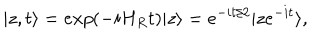
LaTeX: | z , t \rangle = e x p ( - i H _ { R } t ) | z \rangle = e ^ { - i t / 2 } | z e ^ { - i t } \rangle ,